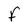
Character: F